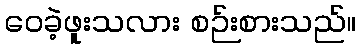
ဝေခဲ့ဖူးသလား စဉ်းစားသည်။